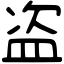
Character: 盗